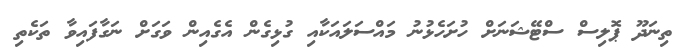
ތިނަދޫ ޕޮލިސް ސްޓޭޝަނަށް ހުށަހެޅުނު މައްސަލައަކާއި ގުޅިގެން އެގެއިން ވަގަށް ނަގާފައިވާ ތަކެތި